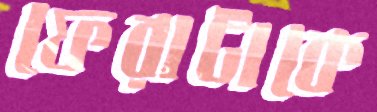
ফেরাটাকে